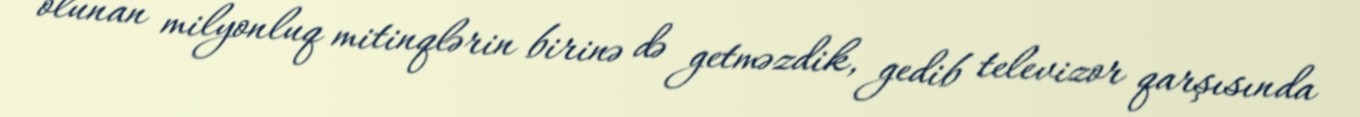
olunan milyonluq mitinqlərin birinə də getməzdik, gedib televizor qarşısında